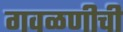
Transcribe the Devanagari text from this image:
गवळणीची